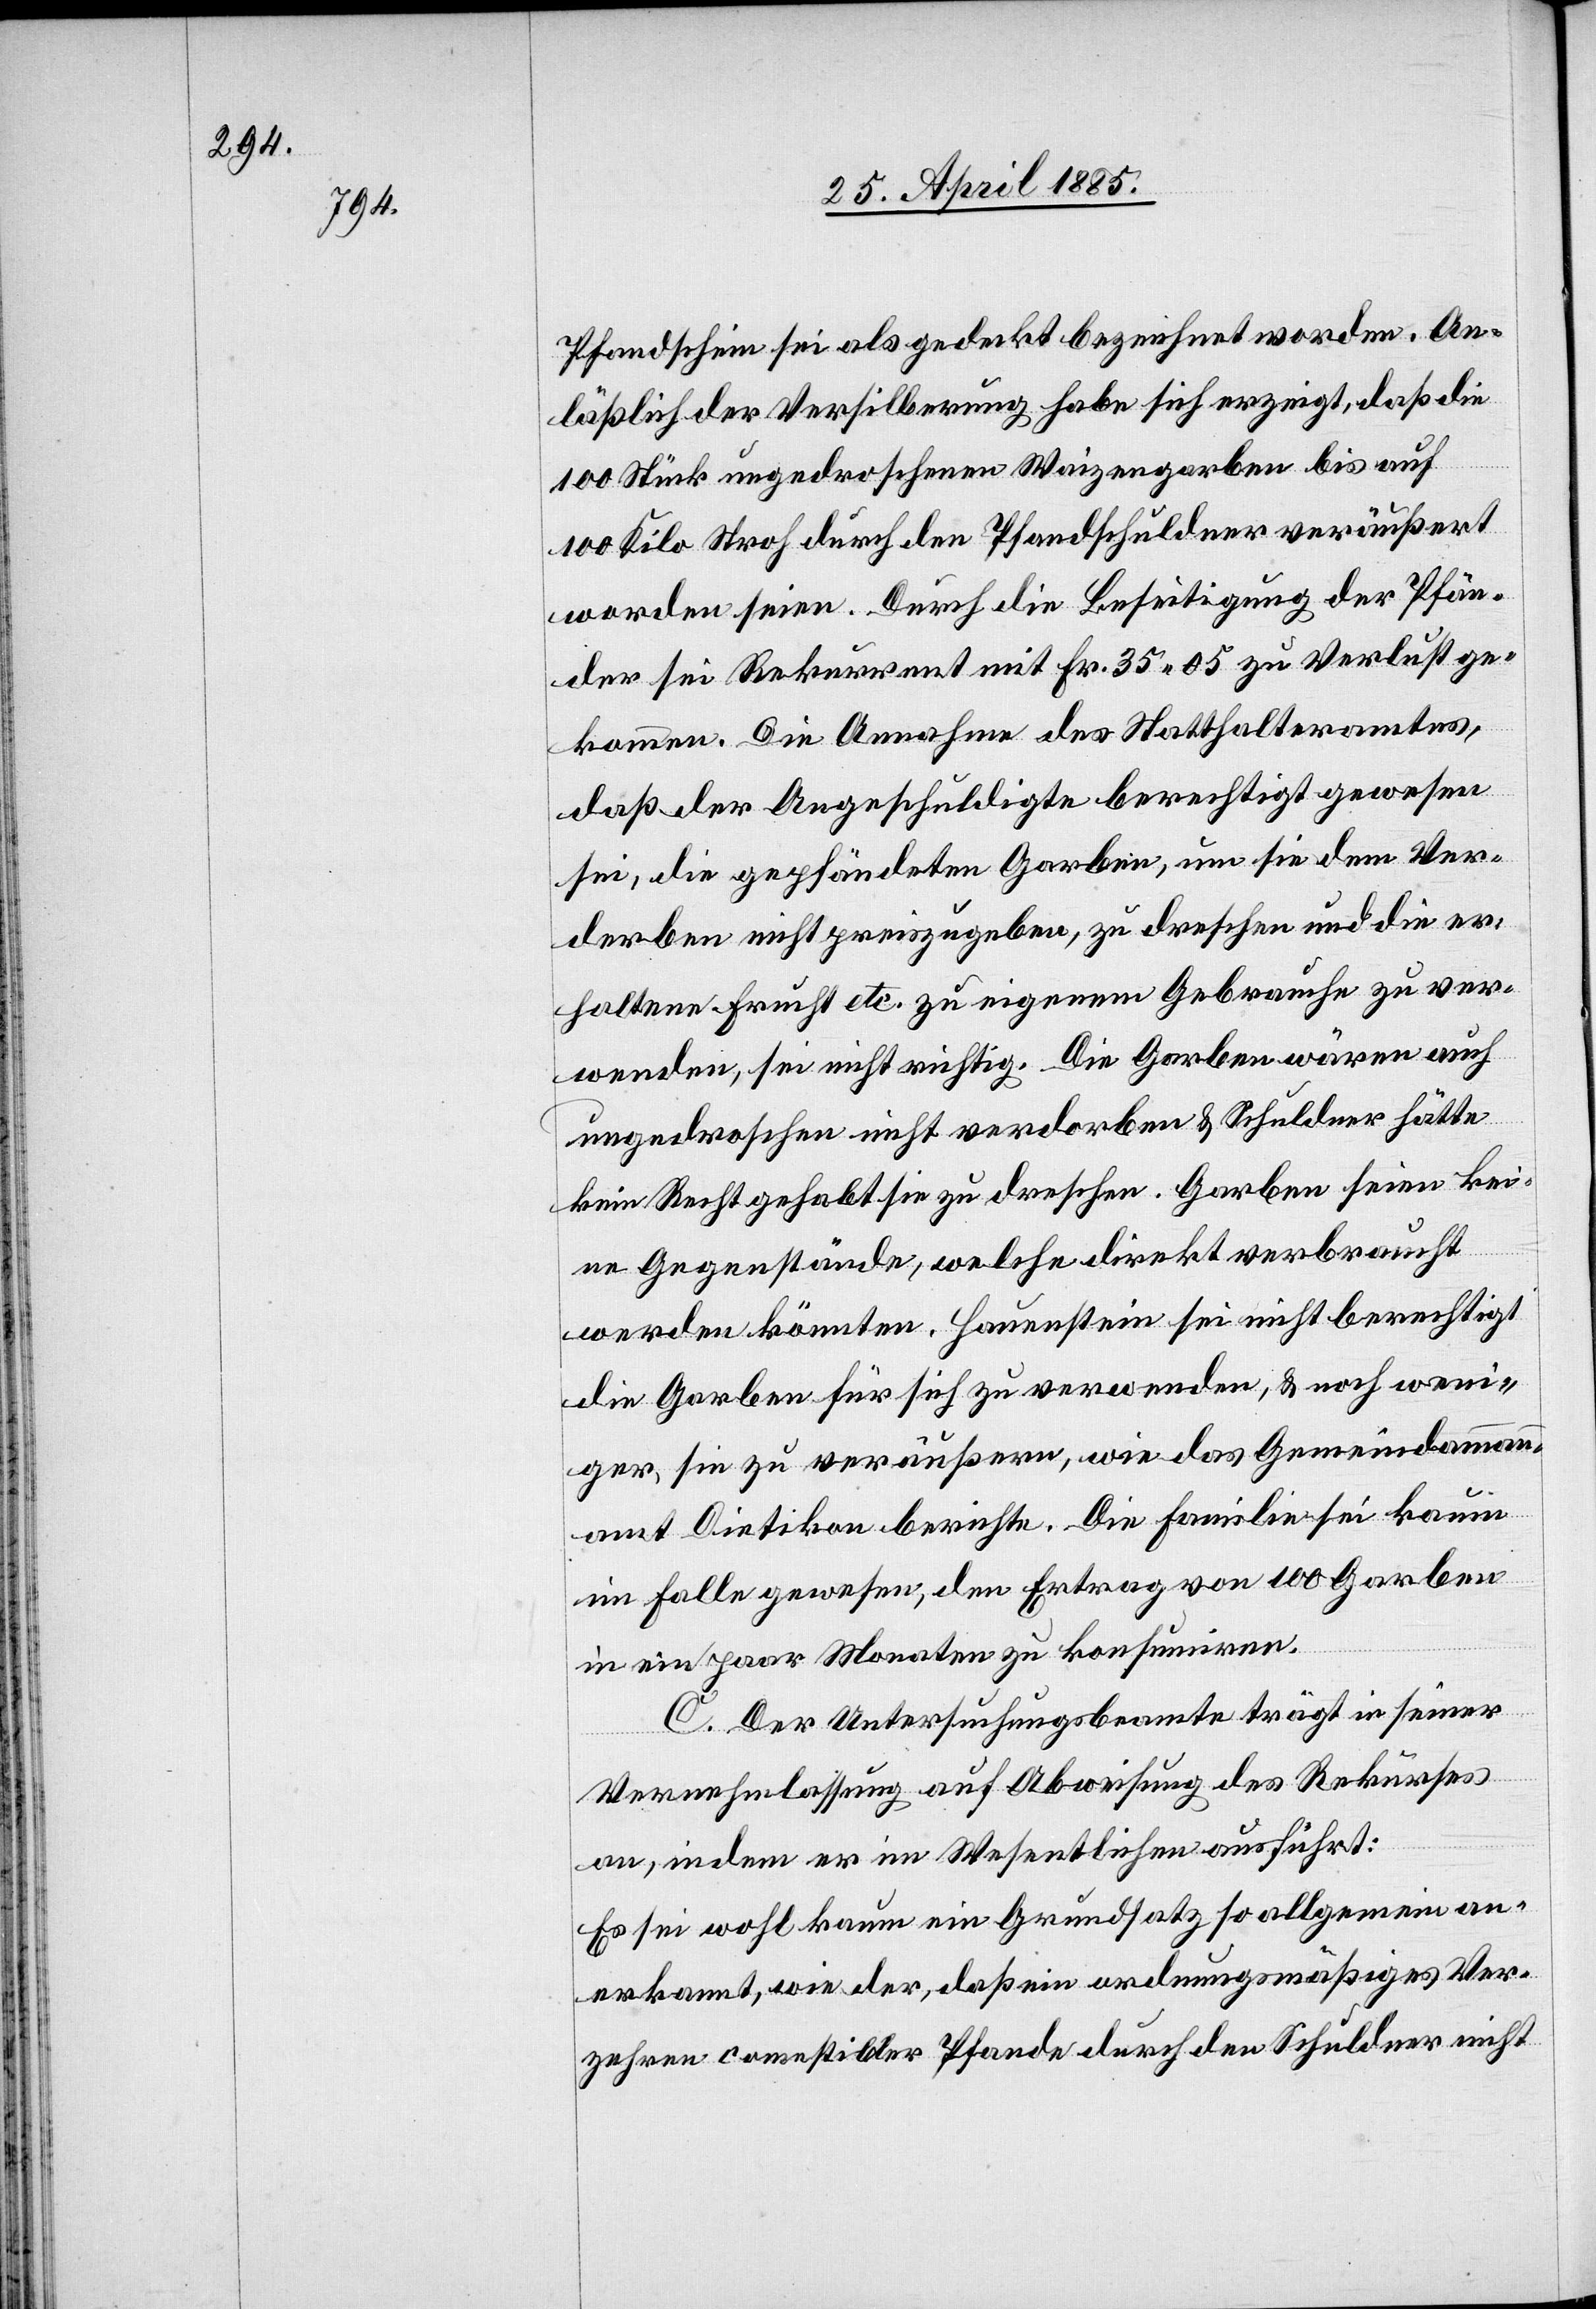
Pfandschein sei als gedeckt bezeichnet worden. An¬
läßlich der Versilberung habe sich erzeigt, daß die
100 Stück ungedroschenen Weizengarben bis auf
100 Kilo Stroh durch den Pfandschuldner veräußert
worden seien. Durch die Beseitigung der Pfän¬
der sei Rekurrent mit Fr. 35 05 zu Verlust ge¬
kommen. Die Annahme des Statthalteramtes,
daß der Angeschuldigte berechtigt gewesen
sei, die gepfändeten Garben, um sie dem Ver¬
derben nicht preiszugeben, zu dreschen und die er¬
haltene Frucht etc. zu eigenem Gebrauche zu ver¬
wenden, sei nicht richtig. Die Garben wären auch
ungedroschen nicht verdorben & Schuldner hätte
kein Recht gehabt sie zu dreschen. Garben seien kei¬
ne Gegenstände, welche direkt verbraucht
werden könnten. Hauenstein sei nicht berechtigt
die Garben für sich zu verwenden, & noch weni¬
ger, sie zu veräußern, wie das Gemeindeammann¬
amt Dietikon berichte. Die Familie sei kaum
im Falle gewesen, den Ertrag von 100 Garben
in ein paar Monaten zu konsumiren.
C. Der Untersuchungsbeamte trägt in seiner
Vernehmlassung auf Abweisung des Rekurses
an, indem er im Wesentlichen ausführt:
Es sei wohl kaum ein Grundsatz so allgemein an¬
erkannt, wie der, daß ein ordnungsgemäßiges Ver¬
zehren comestibler Pfande durch den Schuldner nicht